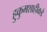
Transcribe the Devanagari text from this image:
हुकुमशाहीकडे